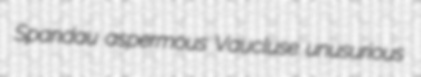
Spandau aspermous Vaucluse unusurious